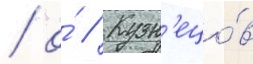
/ о́ // Кузн'ецо́в